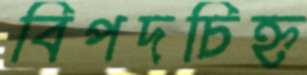
বিপদচিহ্ন